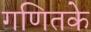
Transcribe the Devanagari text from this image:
गणितके